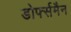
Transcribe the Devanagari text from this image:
डोर्फ्समैन